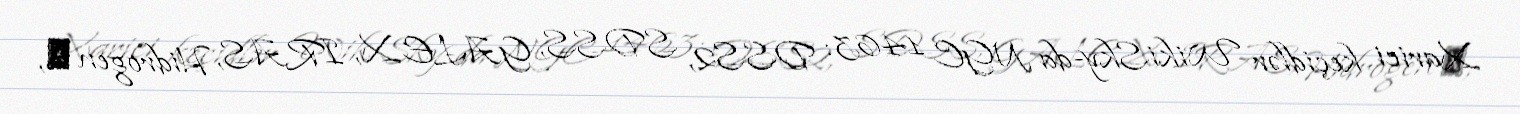
Xarici keçidlər WikiSky-da NGC 1463: DSS2, SDSS, GALEX, IRAS, Hidrogen α,